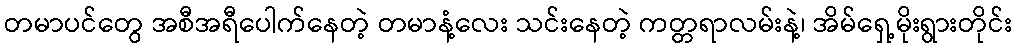
တမာပင်တွေ အစီအရီပေါက်နေတဲ့ တမာနံ့လေး သင်းနေတဲ့ ကတ္တရာလမ်းနဲ့၊ အိမ်ရှေ့မိုးရွားတိုင်း